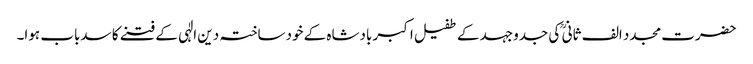
حضرت مجدد الف ثانی ؒ کی جدوجہد کے طفیل اکبر بادشاہ کے خودساختہ دین الٰہی کے فتنے کا سدباب ہوا۔